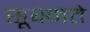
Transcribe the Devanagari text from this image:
सूक्ष्मते